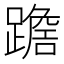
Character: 𨅧